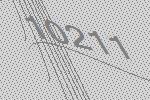
10211